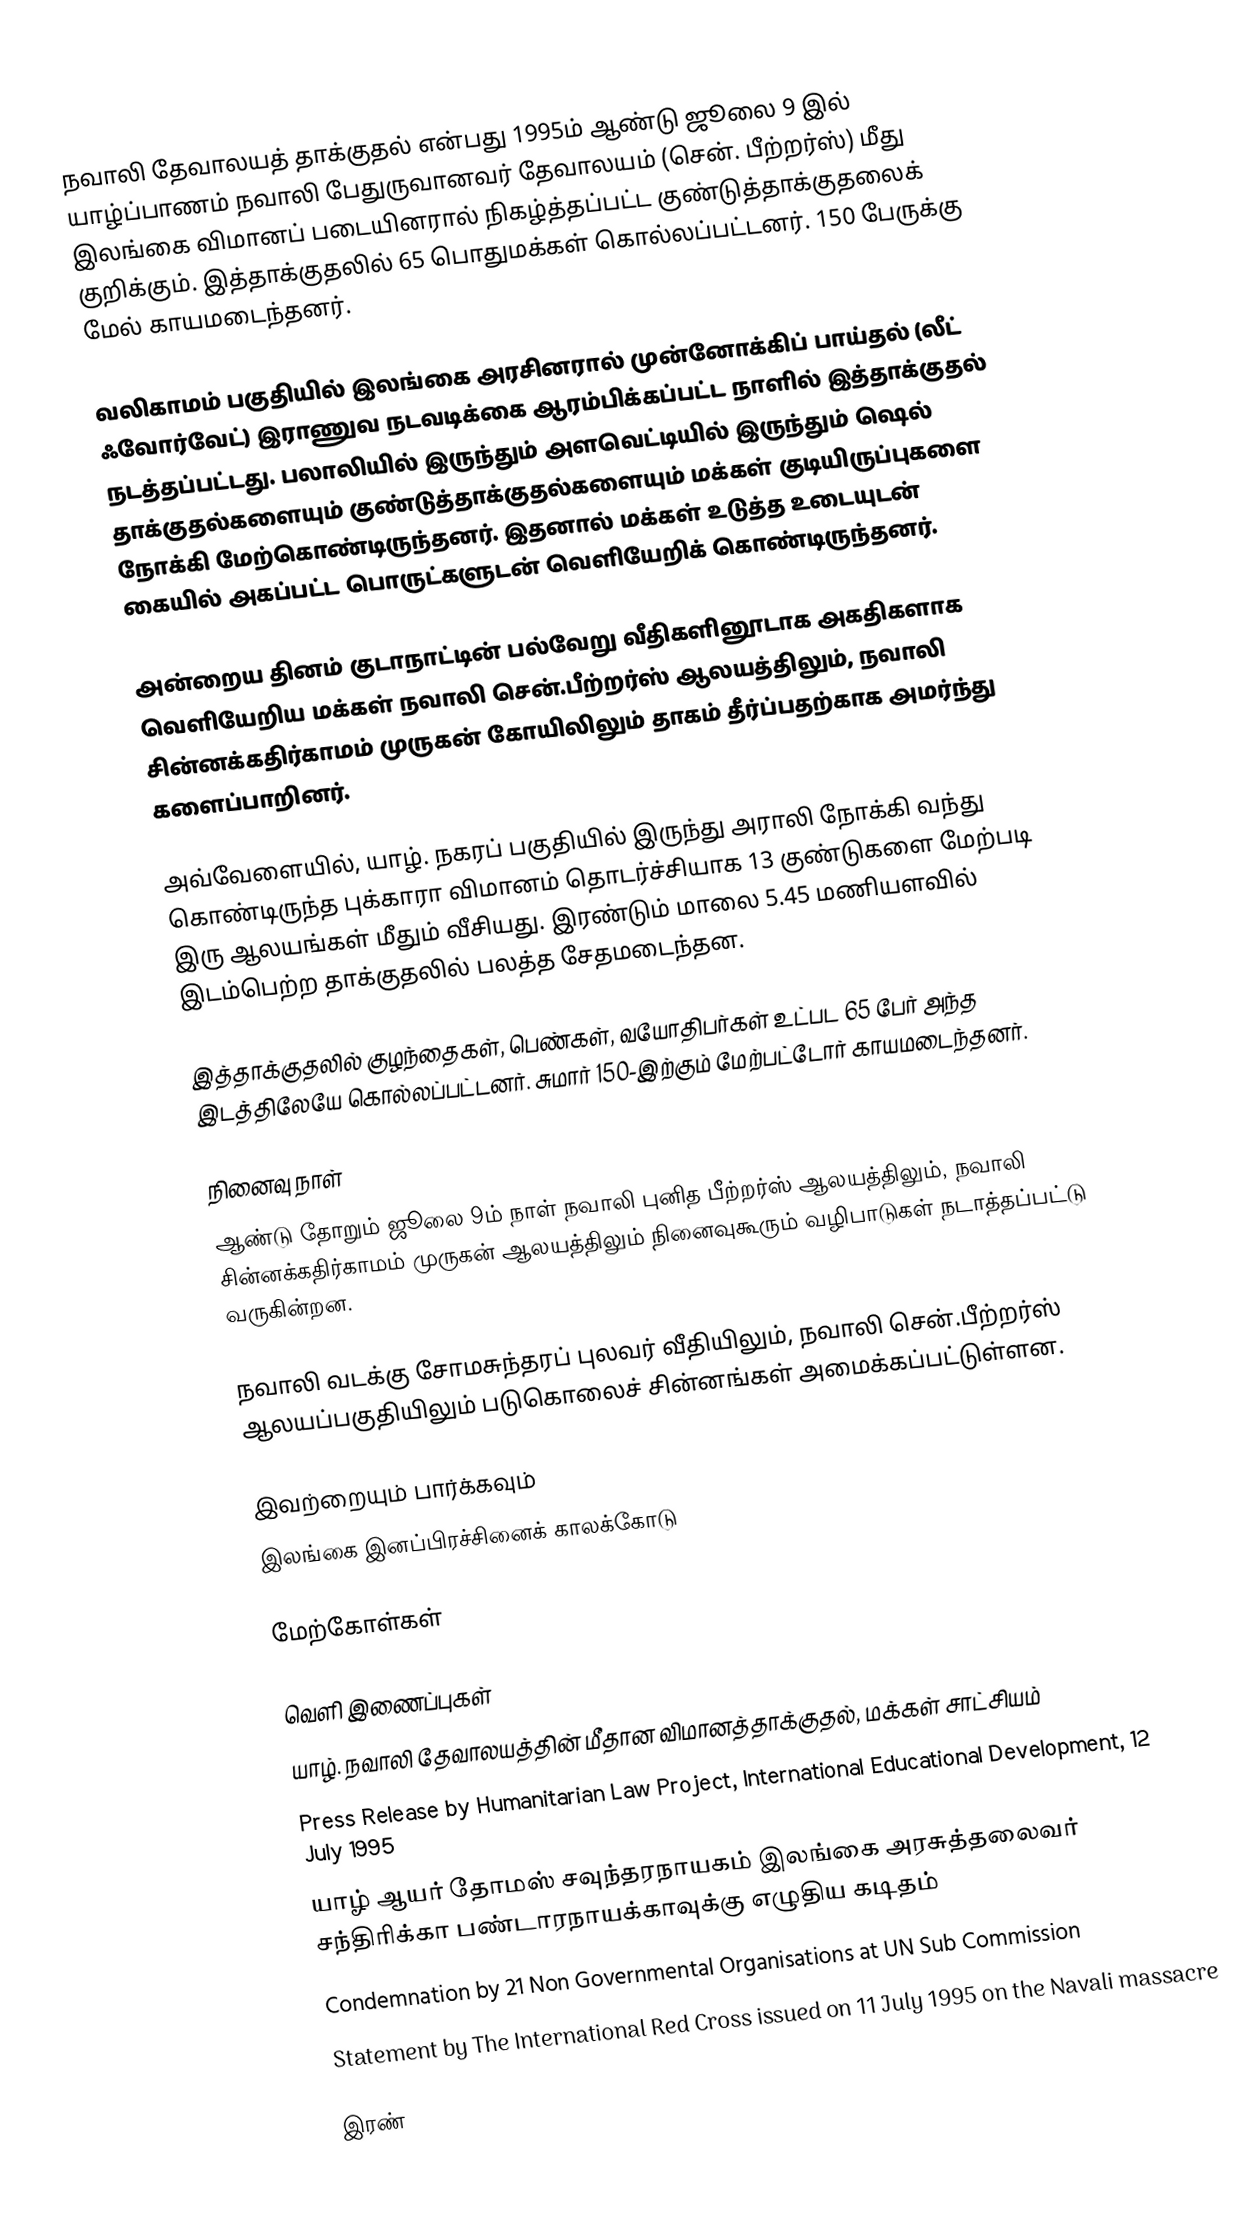
நவாலி தேவாலயத் தாக்குதல் என்பது 1995ம் ஆண்டு ஜூலை 9 இல் யாழ்ப்பாணம் நவாலி பேதுருவானவர் தேவாலயம் (சென். பீற்றர்ஸ்) மீது இலங்கை விமானப் படையினரால் நிகழ்த்தப்பட்ட குண்டுத்தாக்குதலைக் குறிக்கும். இத்தாக்குதலில் 65 பொதுமக்கள் கொல்லப்பட்டனர். 150 பேருக்கு மேல் காயமடைந்தனர்.

வலிகாமம் பகுதியில் இலங்கை அரசினரால் முன்னோக்கிப் பாய்தல் (லீட் ஃவோர்வேட்) இராணுவ நடவடிக்கை ஆரம்பிக்கப்பட்ட நாளில் இத்தாக்குதல் நடத்தப்பட்டது. பலாலியில் இருந்தும் அளவெட்டியில் இருந்தும் ஷெல் தாக்குதல்களையும் குண்டுத்தாக்குதல்களையும் மக்கள் குடியிருப்புகளை நோக்கி மேற்கொண்டிருந்தனர். இதனால் மக்கள் உடுத்த உடையுடன் கையில் அகப்பட்ட பொருட்களுடன் வெளியேறிக் கொண்டிருந்தனர்.

அன்றைய தினம் குடாநாட்டின் பல்வேறு வீதிகளினூடாக அகதிகளாக வெளியேறிய மக்கள் நவாலி சென்.பீற்றர்ஸ் ஆலயத்திலும், நவாலி சின்னக்கதிர்காமம் முருகன் கோயிலிலும் தாகம் தீர்ப்பதற்காக அமர்ந்து களைப்பாறினர்.

அவ்வேளையில், யாழ். நகரப் பகுதியில் இருந்து அராலி நோக்கி வந்து கொண்டிருந்த புக்காரா விமானம் தொடர்ச்சியாக 13 குண்டுகளை மேற்படி இரு ஆலயங்கள் மீதும் வீசியது. இரண்டும் மாலை 5.45 மணியளவில் இடம்பெற்ற தாக்குதலில் பலத்த சேதமடைந்தன.

இத்தாக்குதலில் குழந்தைகள், பெண்கள், வயோதிபர்கள் உட்பட 65 பேர் அந்த இடத்திலேயே கொல்லப்பட்டனர். சுமார் 150-இற்கும் மேற்பட்டோர் காயமடைந்தனர்.

நினைவு நாள்
ஆண்டு தோறும் ஜூலை 9ம் நாள் நவாலி புனித பீற்றர்ஸ் ஆலயத்திலும், நவாலி சின்னக்கதிர்காமம் முருகன் ஆலயத்திலும் நினைவுகூரும் வழிபாடுகள் நடாத்தப்பட்டு வருகின்றன.

நவாலி வடக்கு சோமசுந்தரப் புலவர் வீதியிலும், நவாலி சென்.பீற்றர்ஸ் ஆலயப்பகுதியிலும் படுகொலைச் சின்னங்கள் அமைக்கப்பட்டுள்ளன.

இவற்றையும் பார்க்கவும்
 இலங்கை இனப்பிரச்சினைக் காலக்கோடு

மேற்கோள்கள்

வெளி இணைப்புகள்
 யாழ். நவாலி தேவாலயத்தின் மீதான விமானத்தாக்குதல், மக்கள் சாட்சியம்
 Press Release by Humanitarian Law Project, International Educational Development, 12 July 1995
 யாழ் ஆயர் தோமஸ் சவுந்தரநாயகம் இலங்கை அரசுத்தலைவர் சந்திரிக்கா பண்டாரநாயக்காவுக்கு எழுதிய கடிதம்
 Condemnation by 21 Non Governmental Organisations at UN Sub Commission
 Statement by The International Red Cross issued on 11 July 1995 on the Navali massacre

இரண்